Vaccination report Assam 1896-1927 - 1896-1927
Year: 1896
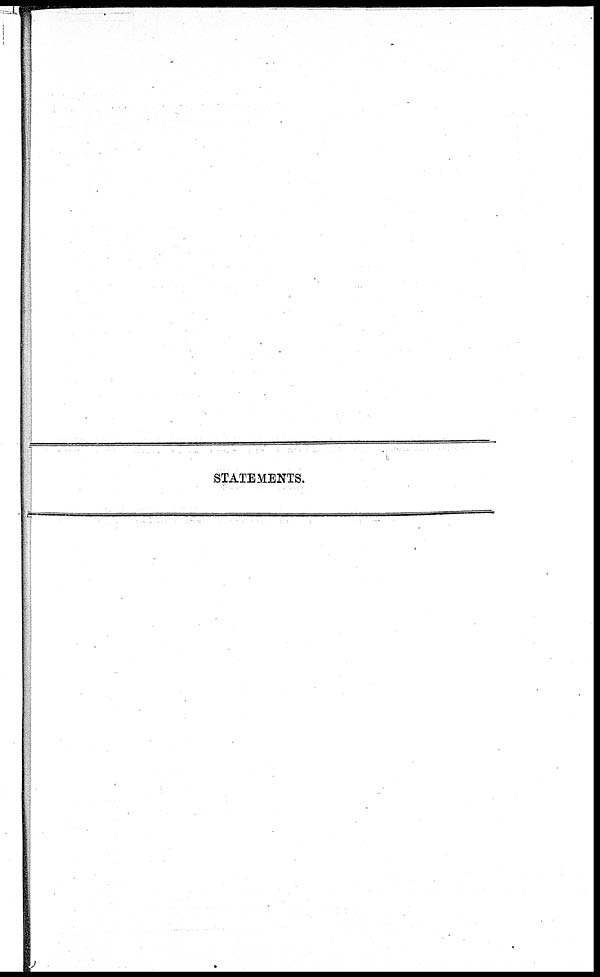
STATEMENTS.